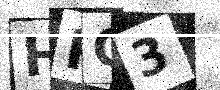
Text: HRG3